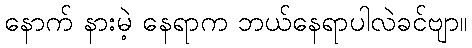
နောက် နားမဲ့ နေရာက ဘယ်နေရာပါလဲခင်ဗျာ။